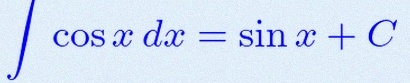
\int \cos x\,dx=\sin x+C